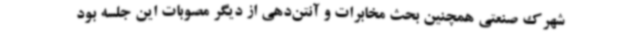
شهرک صنعتی همچنین بحث مخابرات و آنتن‌دهی از دیگر مصوبات این جلسه بود